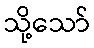
သို့သော်